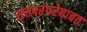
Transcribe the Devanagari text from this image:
संतपरंपरेबाबत